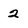
Character: 2